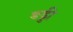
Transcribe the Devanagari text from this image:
ङड्डी